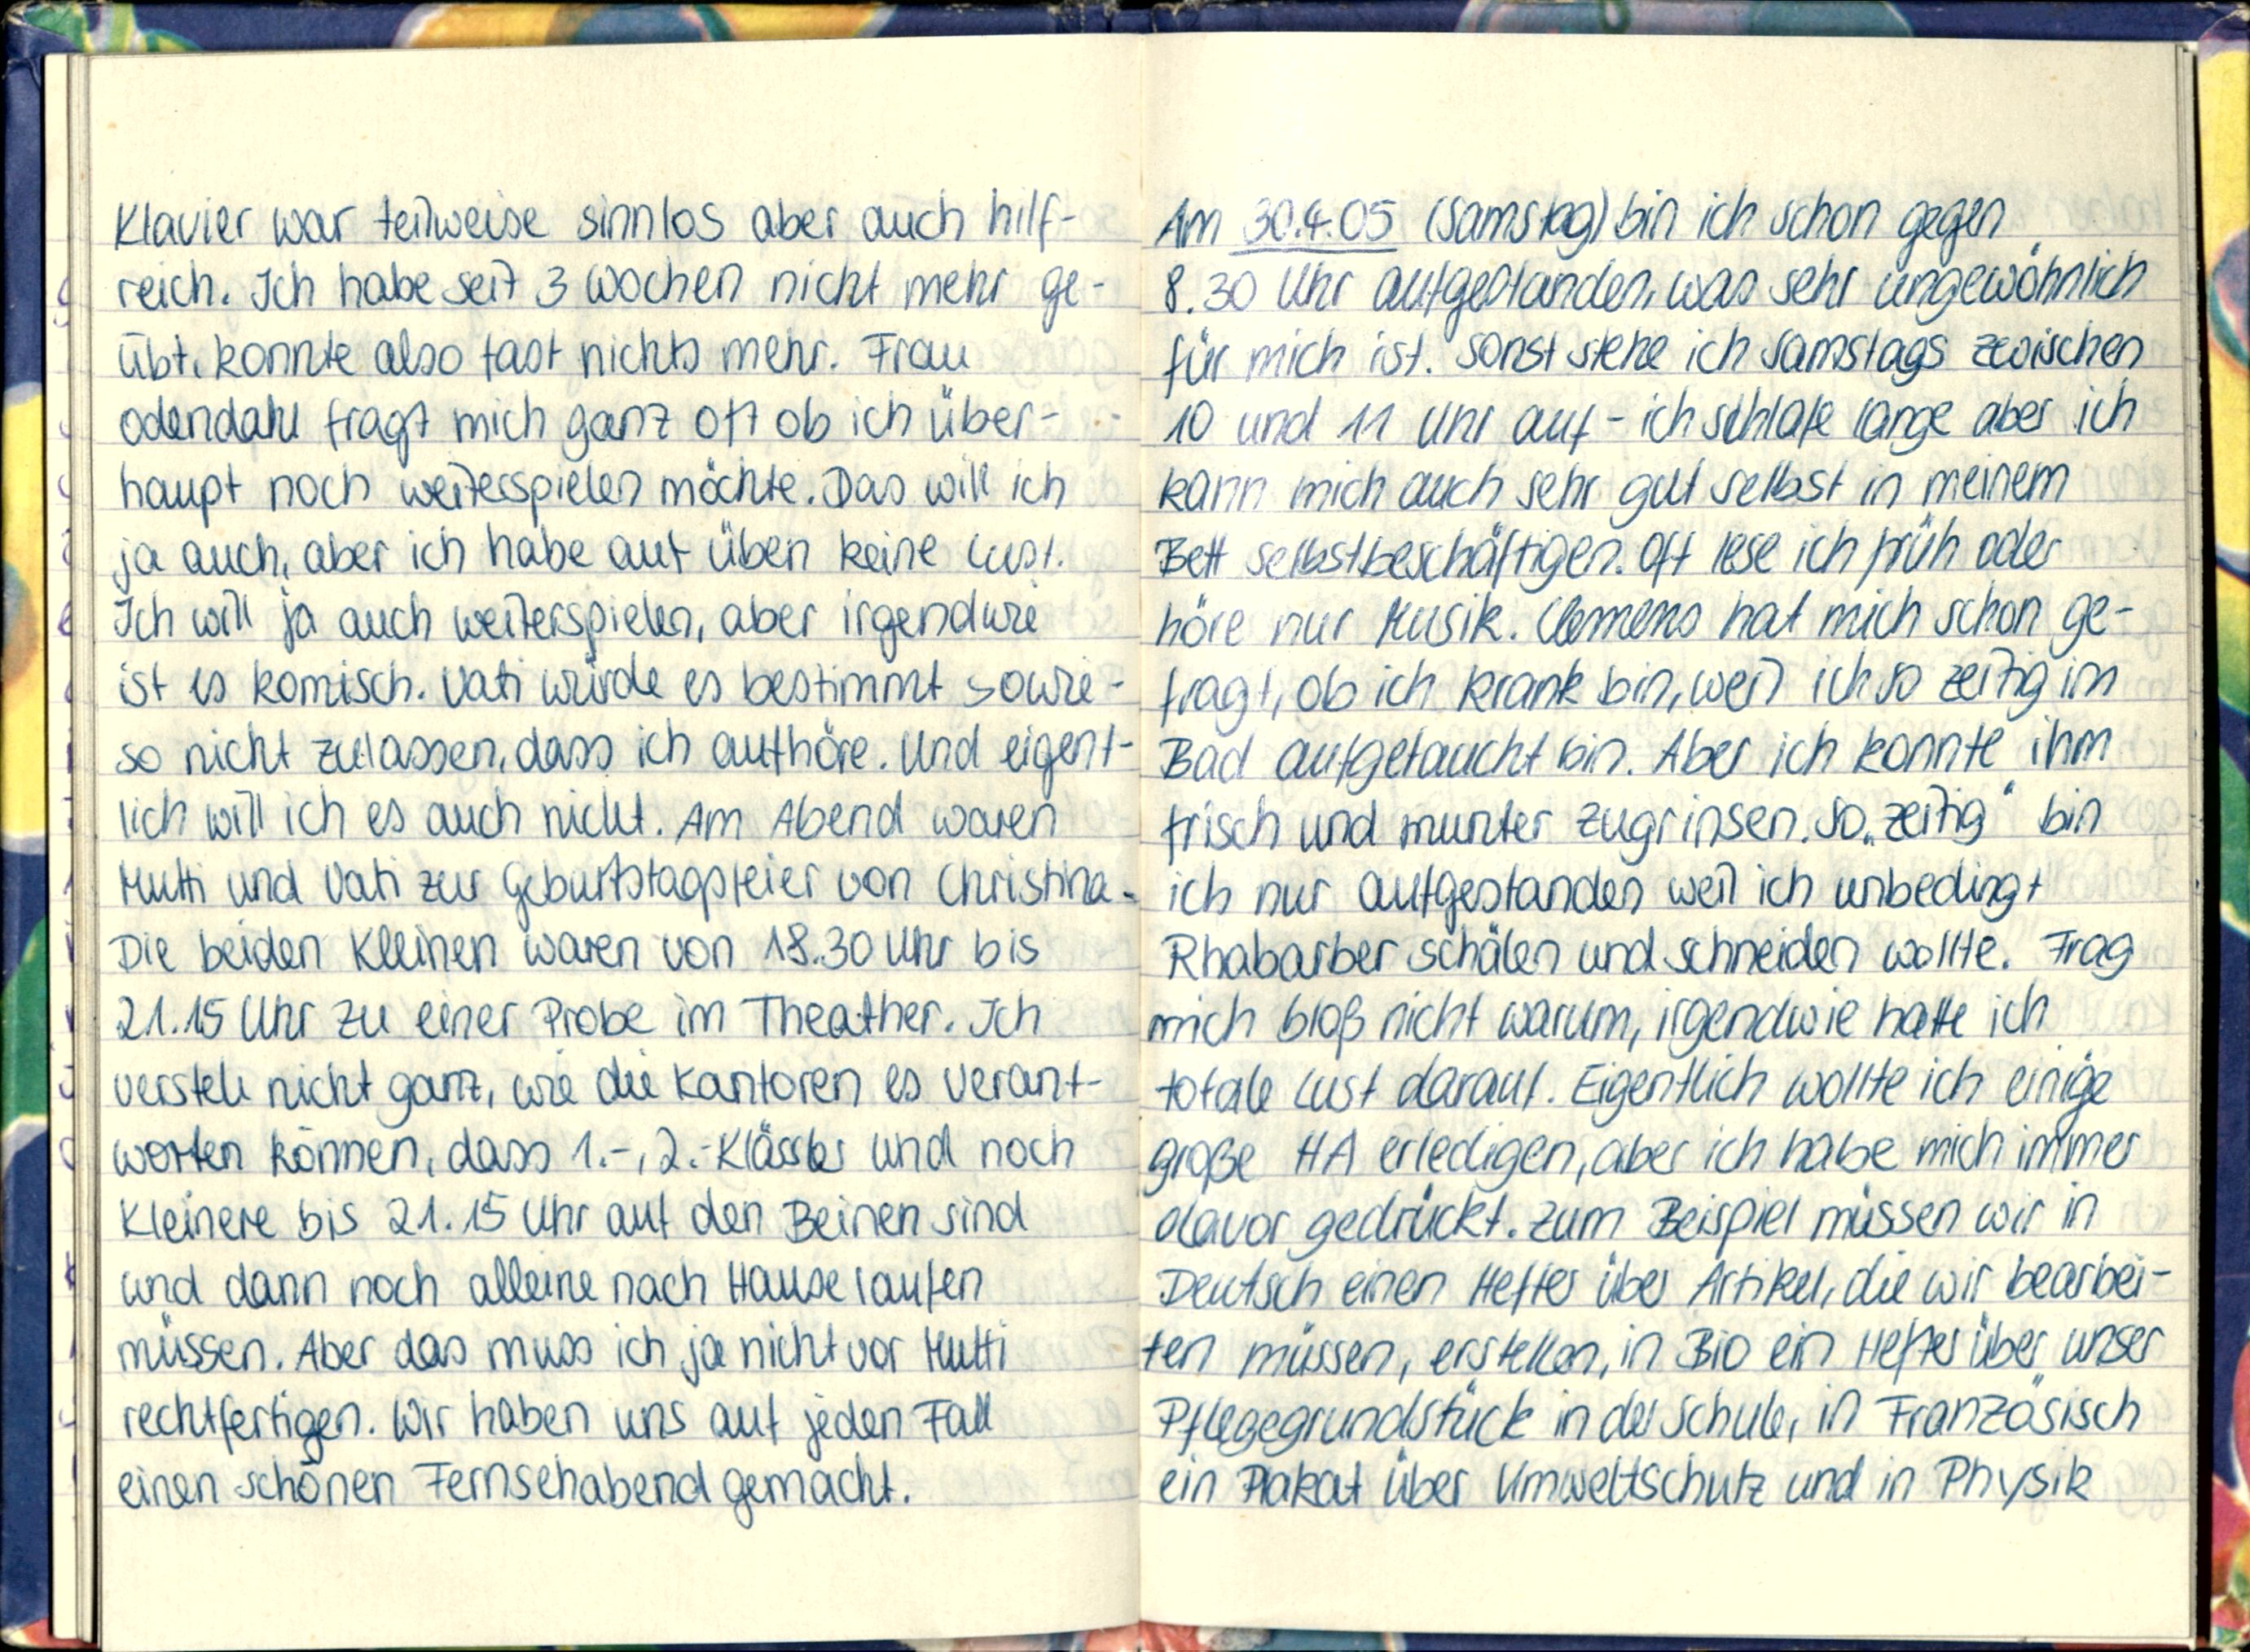
Klavier war teilweise sinnlos aber auch hilf-
reich. Ich habe seit 3 Wochen nicht mehr ge-
übt, konnte also fast nichts mehr. Frau
Odendahl fragt mich ganz oft ob ich über-
haupt noch weiterspielen möchte. Das will ich
ja auch, aber ich habe auf üben keine Lust.
Ich will ja auch weiterspielen, aber irgendwie
ist es komisch. Vati würde es bestimmt sowie-
so nicht zulassen, dass ich aufhöre. Und eigent-
lich will ich es auch nicht. Am Abend waren
Mutti und Vati zur Geburtstagsteier von Christina.
Die beiden Kleinen waren von 18.30 Uhr bis
21.15 Uhr zu einer Probe im Theather. Ich
versteh nicht ganz, wie die Kantoren es Verant-
worten können, dass 1.-,2. Klässler und noch
Kleinere bis 21.15 Uhr auf den Beinen sind
und dann noch alleine nach Hause laufen
müssen. Aber das muss ich ja nicht vor Mutti
rechtfertigen. Wir haben uns auf jeden Fall
einen schönen Fernsehabend gemacht.

Am 30.4.05 (Samstag) bin ich schon gegen-
8.30 Uhr aufgestanden, was sehr ungewöhnlich
für mich ist. Sonst stehe ich Samstags zwischen
10 und 11 Uhr auf - ich schlafe lange aber ich
kann mich auch sehr gut selbst in meinem
Bett Selbstbeschäftigen. Oft lese ich früh oder
höre nur Musik. Clemens hat mich schon ge-
fragt, ob ich krank bin, weil ich so zeitig im
Bad aufgetaucht bin. Aber ich konnte ihm
frisch und munter zugrinsen. So „zeitig" bin
ich nur aufgestanden weil ich unbedingt
Rhabarber schälen und schneiden wollte. Frag
mich bloß nicht warum, irgendwie hatte ich
totale Lust darauf. Eigentlich wollte ich einige
große HA erledigen, aber ich habe mich immer
davor gedrückt. Zum Beispiel müssen wir in
Deutsch einen Heffer über Artikel, die wir bearbei-
ten müssen, erstellen, in Bio ein Hefter über unser
Pflegegrundstück in der Schule, in Französisch
ein Pakat über Umweltschutz und in Physik